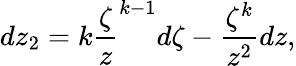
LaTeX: dz_{2}=k\frac{\zeta}{z}^{k-1}d\zeta-\frac{\zeta^{k}}{z^{2}}dz,